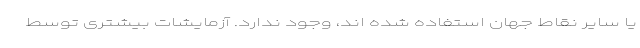
یا سایر نقاط جهان استفاده شده اند، وجود ندارد. آزمایشات بیشتری توسط